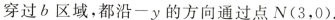
穿过b区域，都沿-y的方向通过点N(3，0)。